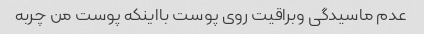
عدم ماسیدگی وبراقیت روی پوست بااینکه پوست من چربه